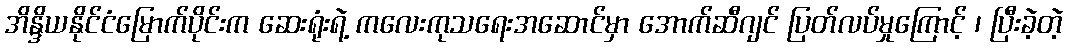
အိန္ဒိယနိုင်ငံမြောက်ပိုင်းက ဆေးရုံးရဲ့ ကလေးကုသရေးအဆောင်မှာ အောက်ဆီဂျင် ပြတ်လပ်မှုကြောင့် ၊ ပြီးခဲ့တဲ့